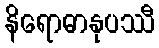
နိရောဓာနုပဿီ